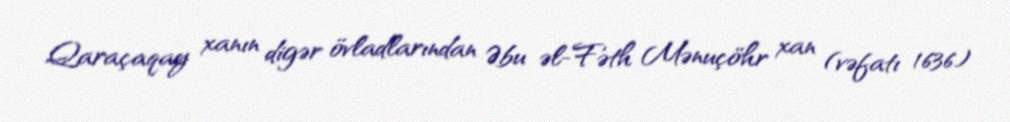
Qaraçaqay xanın digər övladlarından Əbu əl-Fəth Mənuçöhr xan (vəfatı 1636)